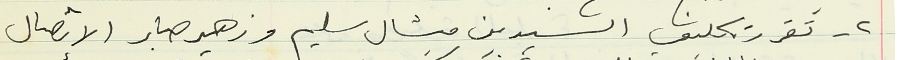
٢ - تقرر تكليف السيدين ميشال سليم وزهير صابر الإتصال